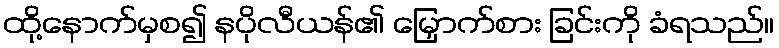
ထို့နောက်မှစ၍ နပိုလီယန်၏ မြှောက်စား ခြင်းကို ခံရသည်။